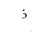
Letter: _thal